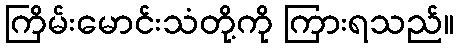
ကြိမ်းမောင်းသံတို့ကို ကြားရသည်။